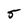
Character: 5